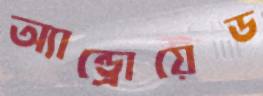
অ্যান্ড্রোয়েড